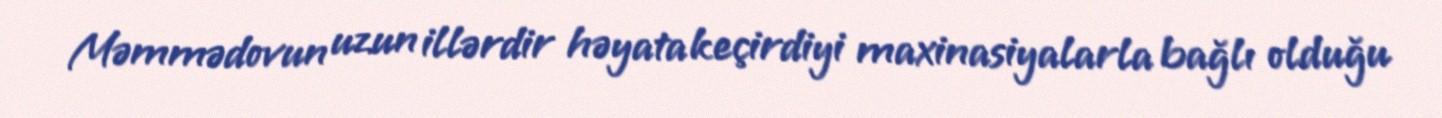
Məmmədovun uzun illərdir həyata keçirdiyi maxinasiyalarla bağlı olduğu